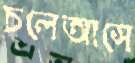
চলেআসে